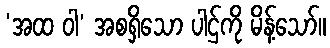
‘အထ ဝါ’ အစရှိသော ပါဌ်ကို မိန့်သော်။